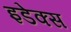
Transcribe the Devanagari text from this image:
इडेक्स